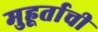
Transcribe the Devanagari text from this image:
मुहूर्ताची